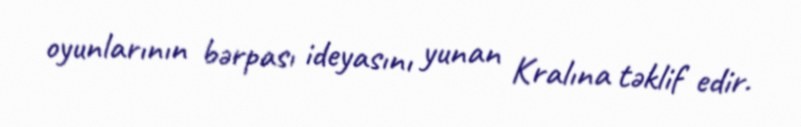
oyunlarının bərpası ideyasını yunan Kralına təklif edir.